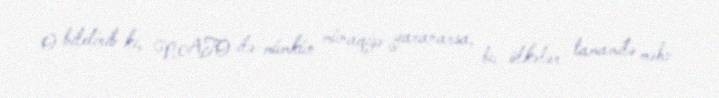
O bildirib ki, NATO ilə mümkün münaqişə yaranarsa, bu ölkələr tamamilə məhv